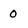
Character: 0